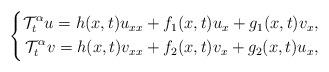
LaTeX: \begin{align*}\left\{\begin{aligned}\mathcal{T}_t^\alpha u=h(x,t)u_{xx}+f_1(x,t)u_x+g_1(x,t)v_x,\\\mathcal{T}_t^\alpha v=h(x,t)v_{xx}+f_2(x,t)v_x+g_2(x,t)u_x,\end{aligned}\right.\end{align*}